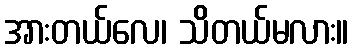
အားတယ်လေ၊ သိတယ်မလား။